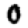
Digit: 0